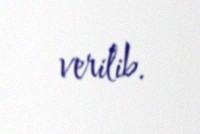
verilib.